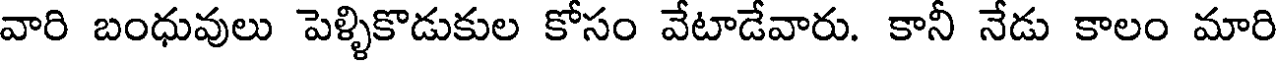
వారి బంధువులు పెళ్ళికొడుకుల కోసం వేటాడేవారు. కానీ నేడు కాలం మారి